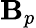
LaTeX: \mathbf{B}_{p}